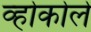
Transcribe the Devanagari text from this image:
व्होकोले